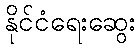
နိုင်ငံရေးဆွေး